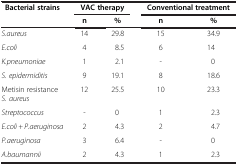
| <ROWSPAN=2> Bacterial strains | <COLSPAN=2> VAC therapy | <COLSPAN=2> Conventional treatment |
 | n | % | n | % |
 | --- | --- | --- | --- | --- |
 | S.aureus | 14 | 29.8 | 15 | 34.9 |
 | E.coli | 4 | 8.5 | 6 | 14 |
 | K.pneumoniae | 1 | 2.1 | - | 0 |
 | S. epidermiditis | 9 | 19.1 | 8 | 18.6 |
 | Metisin resistance S. aureus | 12 | 25.5 | 10 | 23.3 |
 | Streptococcus | - | 0 | 1 | 2.3 |
 | E.coli + P.aeruginosa | 2 | 4.3 | 2 | 4.7 |
 | P.aeruginosa | 3 | 6.4 | - | 0 |
 | A.baumannii | 2 | 4.3 | 1 | 2.3 |